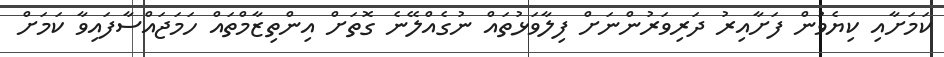
ކަމަށާއި ކިޔެވުން ފަށާއިރު ދަރިވަރުންނަށް ފިލާވަޅުތައް ނުގެއްލޭނެ ގޮތަށް އިންތިޒާމްތައް ހަމަޖައްސާފައިވާ ކަމަށް